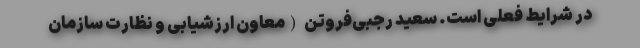
در شرایط فعلی است. سعید رجبی‌فروتن (معاون ارزشیابی و نظارت سازمان